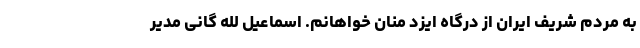
به مردم شریف ایران از درگاه ایزد منان خواهانم. اسماعیل لله گانی مدیر